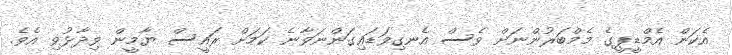
އެކަން އެމްޑީޕީގެ މެމްބަރުންނަށް ވެސް އެނގިވަޑައިގަންނަވާނެ ކަމަށް ރައީސް ޔާމީން ވިދާޅުވި އެވެ.